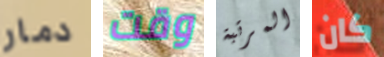
دمار وقت المرتبة كان